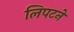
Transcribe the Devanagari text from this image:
लिपटने